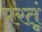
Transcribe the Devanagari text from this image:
परतूं